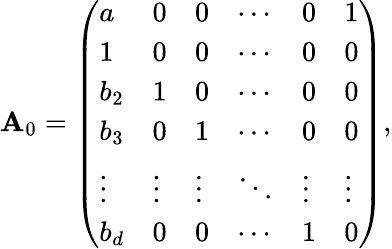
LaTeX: \mathbf{A}_{0}=\left(\begin{array}{llllll}{a}&{0}&{0}&{\cdots}&{0}&{1}\\ {1}&{0}&{0}&{\cdots}&{0}&{0}\\ {b_{2}}&{1}&{0}&{\cdots}&{0}&{0}\\ {b_{3}}&{0}&{1}&{\cdots}&{0}&{0}\\ {\vdots}&{\vdots}&{\vdots}&{\ddots}&{\vdots}&{\vdots}\\ {b_{d}}&{0}&{0}&{\cdots}&{1}&{0}\end{array}\right),